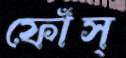
ফোঁস্